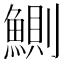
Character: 鰂